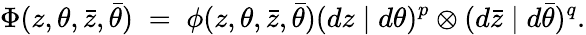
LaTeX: \Phi(z,\theta,\bar{z},\bar{\theta})\; =\; \phi(z,\theta,\bar{z},\bar{\theta})(dz\mid d\theta)^{p}\otimes(d\bar{z}\mid d\bar{\theta})^{q}.